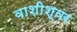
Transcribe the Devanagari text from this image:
वाशीश्वर